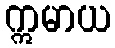
ဣမာယ